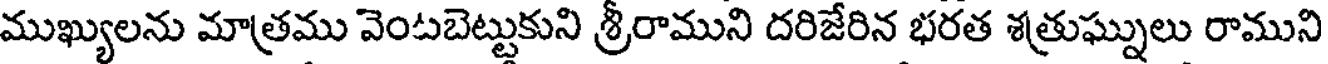
ముఖ్యులను మాత్రము వెంటబెట్టుకుని శ్రీరాముని దరిజేరిన భరత శత్రుఘ్నులు రాముని